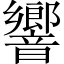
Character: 響